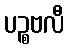
ပဉ္စဗလီ